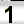
Digit: 1